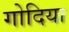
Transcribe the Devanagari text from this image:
गोदिया